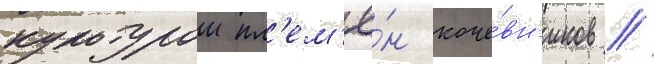
культурои пл'ем'ё́н коче́вн'иков //